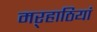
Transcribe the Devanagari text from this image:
मऱ्हाठियां